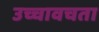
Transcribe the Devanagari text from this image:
उच्चावचता